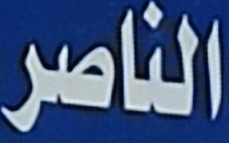
الناصر